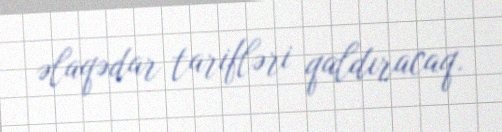
əlaqədar tarifləri qaldıracaq.